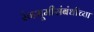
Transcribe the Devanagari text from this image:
रंगभूमीसंबंधीच्या